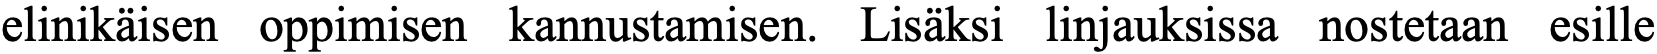
elinikäisen oppimisen kannustamisen. Lisäksi linjauksissa nostetaan esille